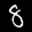
Digit: 8